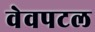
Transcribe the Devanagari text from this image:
वेवपटल